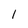
Character: 1